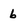
Character: b